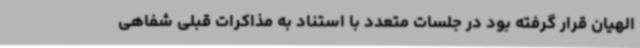
الهیان قرار گرفته بود در جلسات متعدد با استناد به مذاکرات قبلی شفاهی